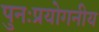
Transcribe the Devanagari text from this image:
पुनःप्रयोगनीय